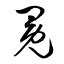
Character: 冕